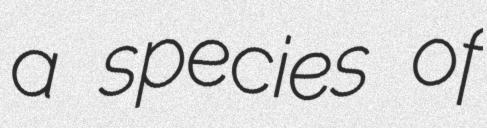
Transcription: a species of